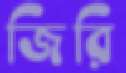
জিরি